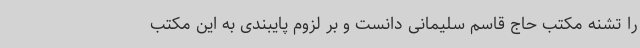
را تشنه مکتب حاج قاسم سلیمانی دانست و بر لزوم پایبندی به این مکتب